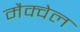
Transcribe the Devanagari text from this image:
मैक्वेल